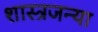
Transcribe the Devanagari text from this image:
शास्त्रजन्या